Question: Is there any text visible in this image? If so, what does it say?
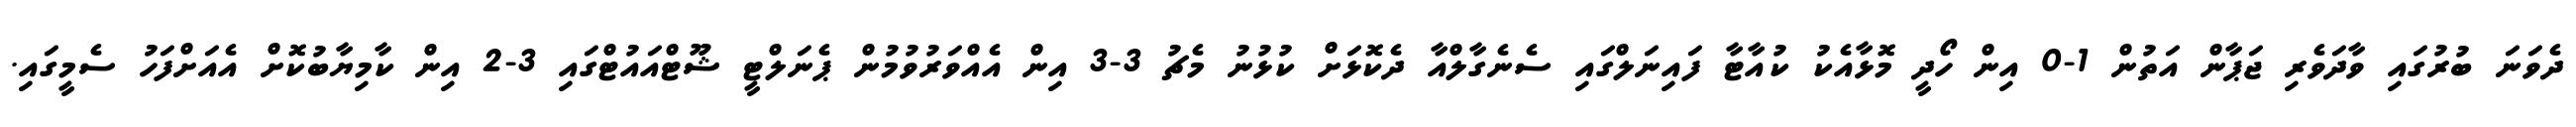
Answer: ދެވަނަ ބުރުގައި ވާދަވެރި ޖަޕާން އަތުން 1-0 އިން ހޯދީ މޮޅާއެކު ކުއާޓާ ފައިނަލްގައި ސެނެގާލްއާ ދެކޮޅަށް ކުޅުނު މެޗު 3-3 އިން އެއްވަރުވުމުން ޕެނަލްޓީ ޝޫޓްއައުޓްގައި 3-2 އިން ކާމިޔާބުކޮށް އެއަށްފަހު ސެމީގައި.